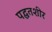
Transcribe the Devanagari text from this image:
पद्घतशीर